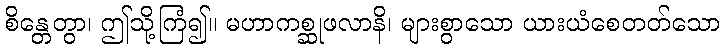
စိန္တေတွာ၊ ဤသို့ကြံ၍။ မဟာကစ္ဆုဖလာနိ၊ များစွာသော ယားယံစေတတ်သော